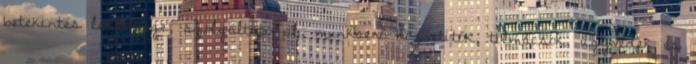
betekintés lehetősége, szolgáltató pl. munkaerő közvetítők, tolmácsok, ügyvédek és